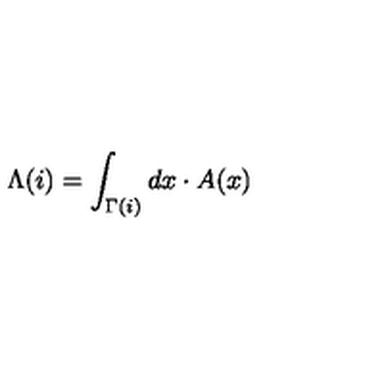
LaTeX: \Lambda ( i ) = \int _ { \Gamma ( i ) } d x \cdot A ( x )